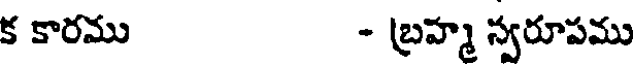
క కారము - బ్రహ్మ స్వరూపము